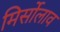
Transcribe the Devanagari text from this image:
मिर्सोलाव